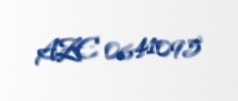
AZE 0641095